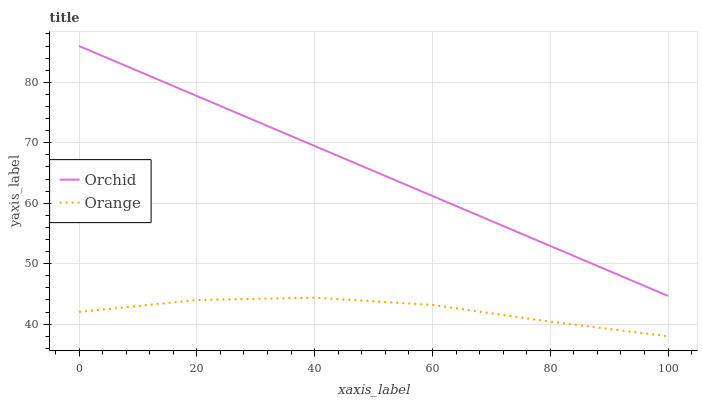
| xaxis_label | Orchid | Orange |
 | --- | --- | --- |
 | 0 | 86 | 42 |
 | 20 | 77.7 | 44 |
 | 40 | 69.5 | 44.4 |
 | 60 | 61.2 | 43.2 |
 | 80 | 52.9 | 40.4 |
 | 100 | 44.7 | 38 |